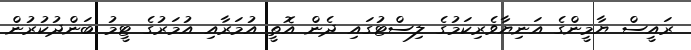
ރައީސް ޔާމީންގެ އަނިޔާވެރިކަމުގެ ލިސްޓުގައި ދެން އޮތީ އުމަރާއި އުމަރުގެ ޓީމު ބަންދުކުރުން